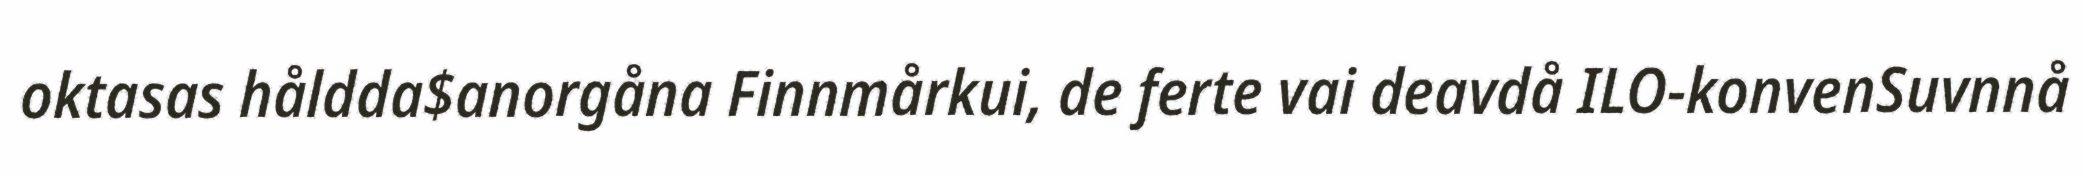
oktasas håldda$anorgåna Finnmårkui, de ferte vai deavdå ILO-konvenSuvnnå